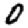
Digit: 0